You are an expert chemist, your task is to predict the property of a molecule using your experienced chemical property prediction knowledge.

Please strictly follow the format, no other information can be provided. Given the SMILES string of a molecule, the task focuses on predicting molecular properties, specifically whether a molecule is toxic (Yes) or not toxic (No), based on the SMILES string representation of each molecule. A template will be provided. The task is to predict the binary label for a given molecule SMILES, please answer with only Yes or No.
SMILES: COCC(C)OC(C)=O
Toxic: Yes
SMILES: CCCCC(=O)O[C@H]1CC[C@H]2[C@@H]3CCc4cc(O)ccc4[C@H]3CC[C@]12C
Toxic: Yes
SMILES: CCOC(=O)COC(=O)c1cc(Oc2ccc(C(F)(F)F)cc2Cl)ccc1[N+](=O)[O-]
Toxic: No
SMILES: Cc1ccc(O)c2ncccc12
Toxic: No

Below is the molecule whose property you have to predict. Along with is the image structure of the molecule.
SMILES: CCCCC1CCCCC(=O)O1
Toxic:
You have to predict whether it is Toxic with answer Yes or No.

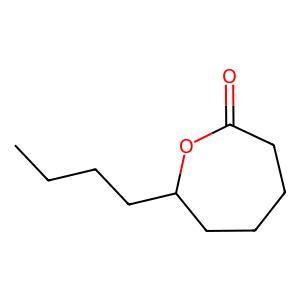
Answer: No